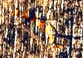
أسلحتكم